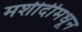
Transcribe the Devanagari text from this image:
मशीदीमधून